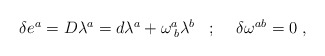
\begin{align*}\begin{array}{lll}\delta e^{a}=D\lambda ^{a}=d\lambda ^{a}+\omega _{\;b}^{a}\lambda ^{b} & ;\;\; & \delta \omega ^{ab}=0\;,\end{array}\end{align*}